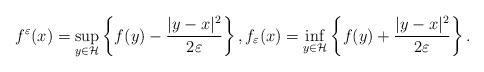
LaTeX: \begin{align*}f^{\varepsilon}(x)=\mathop{\rm sup}_{y\in\mathcal{H}}\left \{ f(y)-\frac{|y-x|^{2}}{2\varepsilon} \right \},f_{\varepsilon}(x)=\mathop{\rm inf}_{y\in\mathcal{H} }\left \{f(y)+\frac{|y-x|^{2}}{2\varepsilon} \right \}.\end{align*}